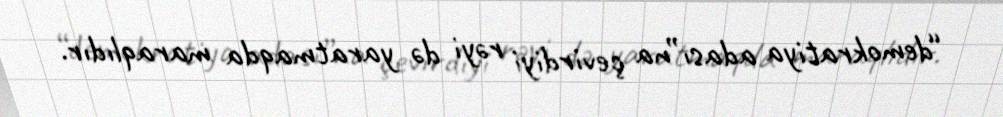
“demokratiya adası”na çevirdiyi rəyi də yaratmaqda maraqlıdır.